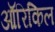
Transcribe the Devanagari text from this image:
ऑरिकिल